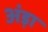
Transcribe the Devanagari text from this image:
अंड़ा